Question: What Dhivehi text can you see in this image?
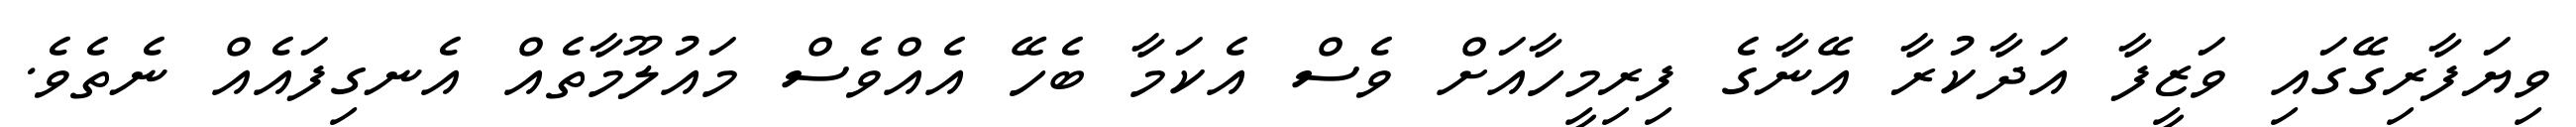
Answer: ވިޔަފާރިގޭގައި ވަޒީފާ އަދާކުރާ އޭނާގެ ފިރިމީހާއަށް ވެސް އެކަމާ ބެހޭ އެއްވެސް މައުލޫމާތެއް އެނގިފައެއް ނެތެވެ.